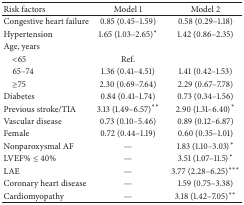
| Risk factors | Model 1 | Model 2 |
 | --- | --- | --- |
 | Congestive heart failure | 0.85 (0.45–1.59) | 0.58 (0.29–1.18) |
 | Hypertension | 1.65 (1.03–2.65)∗ | 1.42 (0.86–2.35) |
 | Age, years |  |  |
 | <65 | Ref. |  |
 | 65–74 | 1.36 (0.41–4.51) | 1.41 (0.42–1.53) |
 | ≥75 | 2.30 (0.69–7.64) | 2.29 (0.67–7.78) |
 | Diabetes | 0.84 (0.41–1.74) | 0.73 (0.34–1.56) |
 | Previous stroke/TIA | 3.13 (1.49–6.57)∗∗ | 2.90 (1.31–6.40)∗ |
 | Vascular disease | 0.73 (0.10–5.46) | 0.89 (0.12–6.87) |
 | Female | 0.72 (0.44–1.19) | 0.60 (0.35–1.01) |
 | Nonparoxysmal AF | — | 1.83 (1.10–3.03)∗ |
 | LVEF% ≤ 40% | — | 3.51 (1.07–11.5)∗ |
 | LAE | — | 3.77 (2.28–6.25)∗∗∗ |
 | Coronary heart disease | — | 1.59 (0.75–3.38) |
 | Cardiomyopathy | — | 3.18 (1.42–7.05)∗∗ |